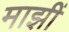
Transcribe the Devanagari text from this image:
माझीं